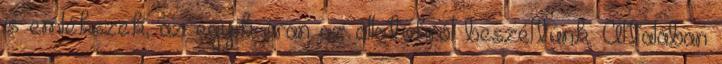
is emlékszek, az egyik órán az állatokról beszéltünk. Általában